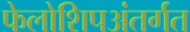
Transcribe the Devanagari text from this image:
फेलोशिपअंतर्गत